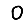
Digit: 0